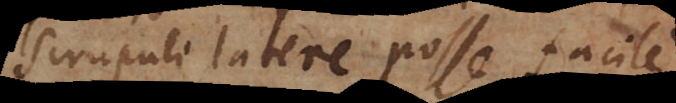
scrupuli latere posse facile